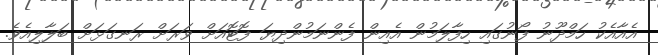
އެއާއެކު ހަމްދޫނު ފޯނުގައި ހިފާލަމުން އެއިން ފެންނަމުންދިޔަ ފޮޓޮއަށް ވަރަށް ރަނގަޅަށް ބަލާލިއެވެ.